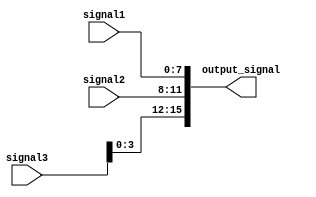
module Concatenation (
    input [7:0] signal1,
    input [3:0] signal2,
    input [11:0] signal3,
    output [15:0] output_signal
);

assign output_signal = {signal3, signal2, signal1};

endmodule